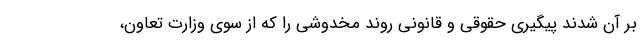
بر آن شدند پیگیری حقوقی و قانونی روند مخدوشی را که از سوی وزارت تعاون،